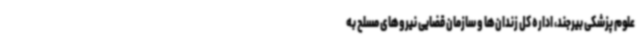
علوم پزشکی بیرجند، اداره کل زندان‌ها و سازمان قضایی نیروهای مسلح به